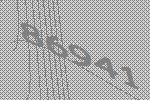
86941